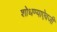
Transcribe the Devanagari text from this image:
शोधण्याऐवजी